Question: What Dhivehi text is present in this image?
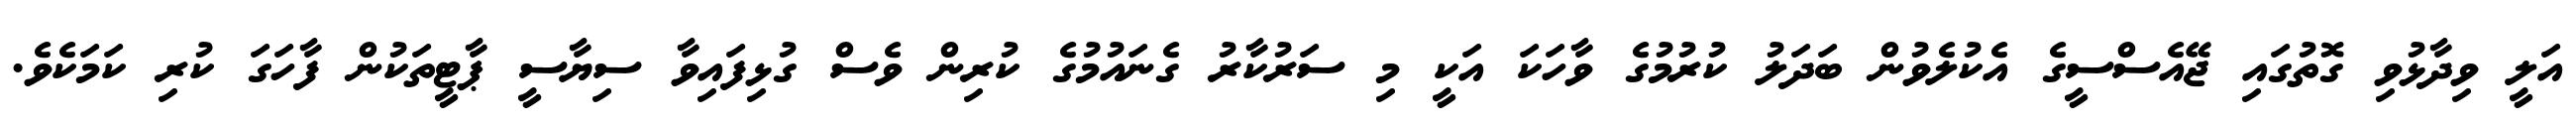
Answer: އަލީ ވިދާޅުވި ގޮތުގައި ޖޭއެސްސީގެ އެކުލެވުން ބަދަލު ކުރުމުގެ ވާހަކަ އަކީ މި ސަރުކާރު ގެނައުމުގެ ކުރިން ވެސް ގުޅިފައިވާ ސިޔާސީ ޕާޓީތަކުން ފާހަގަ ކުރި ކަމަކެވެ.